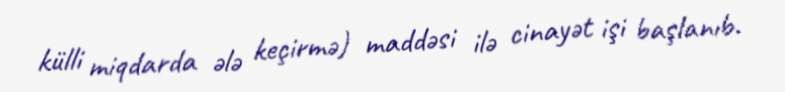
külli miqdarda ələ keçirmə) maddəsi ilə cinayət işi başlanıb.